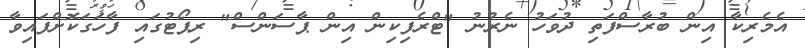
އެމެރިކާ އިން ބުރާސްފަތި ދުވަހު ނެރުނު "ޓްރެފިކިން އިން ޕާސަންސް" ރިޕޯޓުގައި ފާހަގަކޮށްފައިވާ